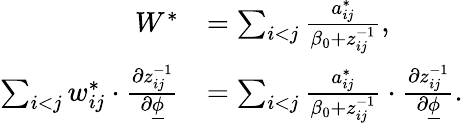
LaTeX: \begin{array}{rl}{W^{*}}&{=\sum_{i<j}\frac{a_{ij}^{*}}{\beta_{0}+z_{ij}^{-1}},}\\ {\sum_{i<j}w_{ij}^{*}\cdot\frac{\partial z_{ij}^{-1}}{\partial\underline{{\phi}}}}&{=\sum_{i<j}\frac{a_{ij}^{*}}{\beta_{0}+z_{ij}^{-1}}\cdot\frac{\partial z_{ij}^{-1}}{\partial\underline{{\phi}}}.}\end{array}